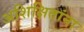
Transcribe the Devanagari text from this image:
अशिक्षितांना